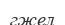
гжел